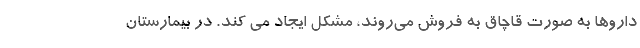
داروها به صورت قاچاق به فروش می‌روند، مشکل ایجاد می کند. در بیمارستان